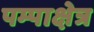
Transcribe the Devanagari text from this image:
पम्पाक्षेत्र